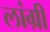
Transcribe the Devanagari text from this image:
लांग्री